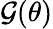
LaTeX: \mathcal{G}(\theta)